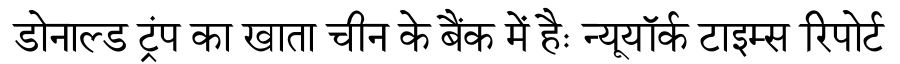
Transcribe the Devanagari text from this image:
डोनाल्ड ट्रंप का खाता चीन के बैंक में हैः न्यूयॉर्क टाइम्स रिपोर्ट